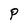
Character: P